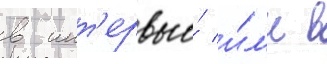
в инт'ервью́ и́л'и в